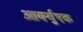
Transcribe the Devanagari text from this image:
आर्क्युएक